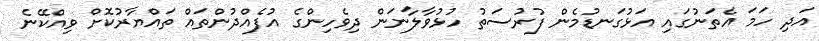
އަދި ހަމަ އެތަނުގައި އަޅުގަނޑުމެން ފުރުސަތު ހުޅުވާލާނަން ދިވެހިންގެ އުފެއްދުންތައް ތައްޔާރުކޮށް ވިއްކޭނެ